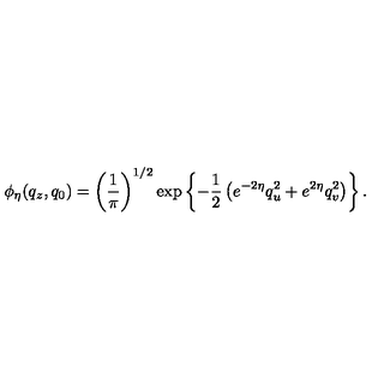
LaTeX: \phi _ { \eta } ( q _ { z } , q _ { 0 } ) = \left( { \frac { 1 } { \pi } } \right) ^ { 1 / 2 } \exp \left\{ - { \frac { 1 } { 2 } } \left( e ^ { - 2 \eta } q _ { u } ^ { 2 } + e ^ { 2 \eta } q _ { v } ^ { 2 } \right) \right\} .